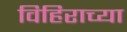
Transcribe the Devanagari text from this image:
विहिराच्या